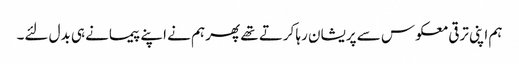
ہم اپنی ترقی معکوس سے پریشان رہا کرتے تھے پھر ہم نے اپنے پیمانے ہی بدل لئے۔